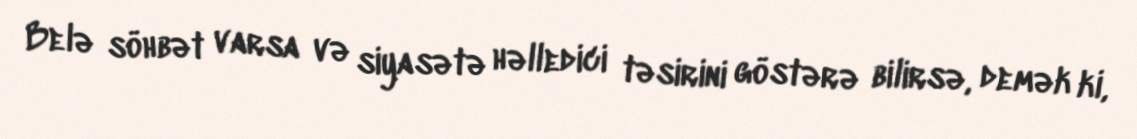
Belə söhbət varsa və siyasətə həlledici təsirini göstərə bilirsə, demək ki,